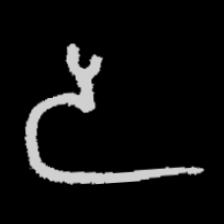
Pyu character \u2014 Myanmar letter: ဒ (romanized: da)